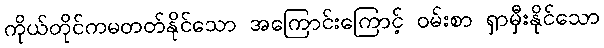
ကိုယ်တိုင်ကမတတ်နိုင်သော အကြောင်းကြောင့် ဝမ်းစာ ရှာမှီးနိုင်သော